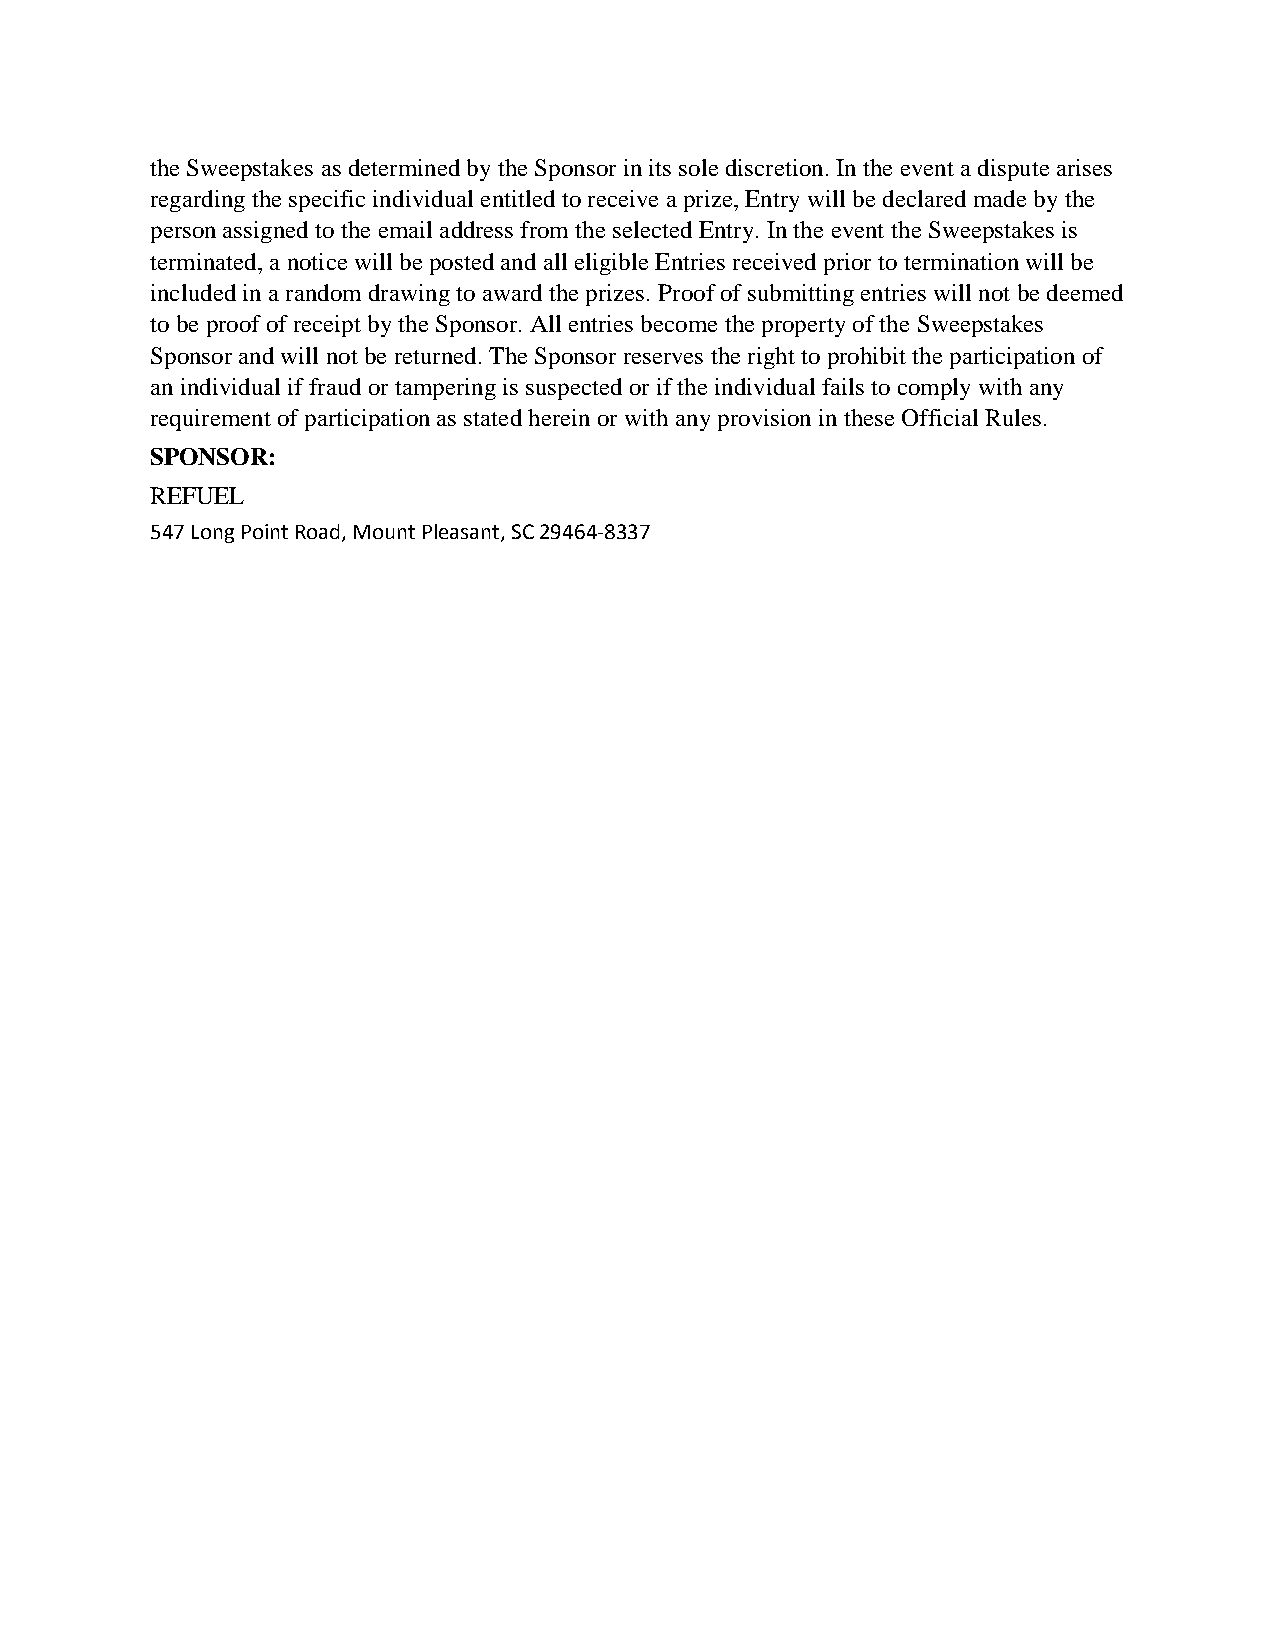
the Sweepstakes as determined by the Sponsor in its sole discretion. In the event a dispute arises
 regarding the specific individual entitled to receive a prize, Entry will be declared made by the
 person assigned to the email address from the selected Entry. In the event the Sweepstakes is
 terminated, a notice will be posted and all eligible Entries received prior to termination will be
 included in a random drawing to award the prizes. Proof of submitting entries will not be deemed
 to be proof of receipt by the Sponsor. All entries become the property of the Sweepstakes
 Sponsor and will not be returned. The Sponsor reserves the right to prohibit the participation of
 an individual if fraud or tampering is suspected or if the individual fails to comply with any
 requirement of participation as stated herein or with any provision in these Official Rules.
 SPONSOR:
 REFUEL
 547 Long Point Road, Mount Pleasant, SC 29464-8337